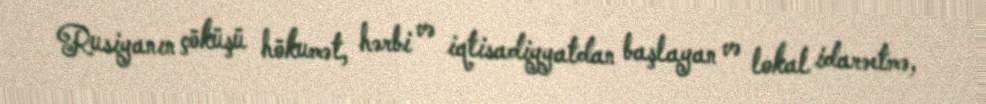
Rusiyanın çöküşü hökumət, hərbi və iqtisadiyyatdan başlayan və lokal idarəetmə,